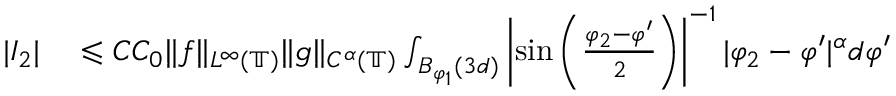
\begin{array} { r l } { | I _ { 2 } | } & { { } \leqslant C C _ { 0 } \| f \| _ { L ^ { \infty } ( \mathbb { T } ) } \| g \| _ { C ^ { \alpha } ( \mathbb { T } ) } \int _ { B _ { \varphi _ { 1 } } ( 3 d ) } \left| \sin \left( \frac { \varphi _ { 2 } - \varphi ^ { \prime } } { 2 } \right) \right| ^ { - 1 } | \varphi _ { 2 } - \varphi ^ { \prime } | ^ { \alpha } d \varphi ^ { \prime } } \end{array}